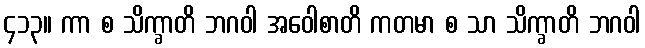
၄၁၃။ ကာ စ သိက္ခာတိ ဘဂဝါ အဝေါစာတိ ကတမာ စ သာ သိက္ခာတိ ဘဂဝါ